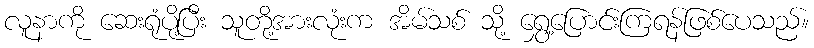
လူနာကို ဆေးရုံပို့ပြီး သူတို့အားလုံးက အိမ်သစ် သို့ ရွှေ့ပြောင်းကြရန်ဖြစ်ပေသည်။